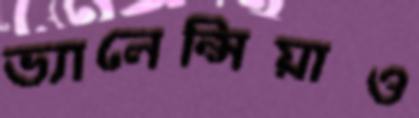
ভ্যালেন্সিয়াও